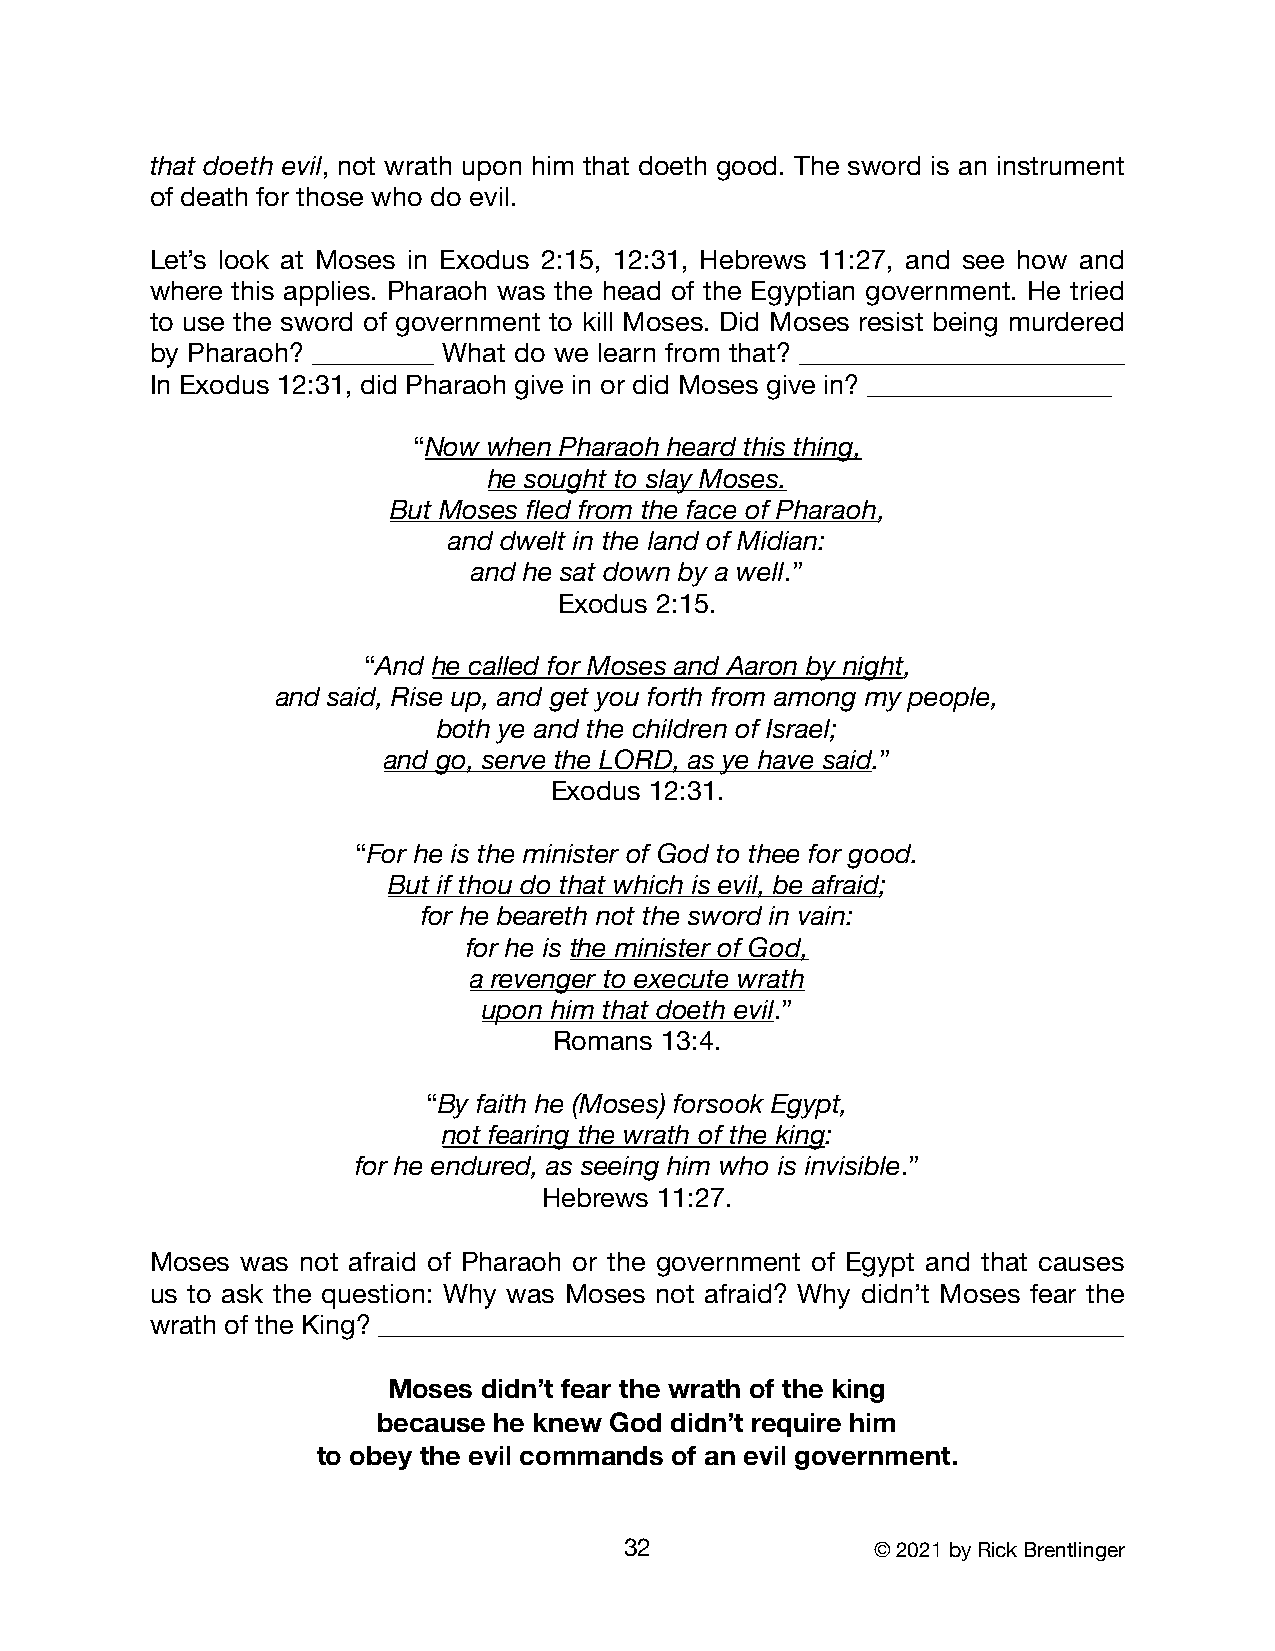
that doeth evil, not wrath upon him that doeth good. The sword is an instrument
 of death for those who do evil.
 Let’s look at Moses in Exodus 2:15, 12:31, Hebrews 11:27, and see how and
 where this applies. Pharaoh was the head of the Egyptian government. He tried
 to use the sword of government to kill Moses. Did Moses resist being murdered
 by Pharaoh? _________ What do we learn from that? ________________________
 In Exodus 12:31, did Pharaoh give in or did Moses give in? __________________
 “Now when Pharaoh heard this thing,
 he sought to slay Moses.
 But Moses fled from the face of Pharaoh,
 and dwelt in the land of Midian:
 and he sat down by a well.”
 Exodus 2:15.
 “And he called for Moses and Aaron by night,
 and said, Rise up, and get you forth from among my people,
 both ye and the children of Israel;
 and go, serve the LORD, as ye have said.”
 Exodus 12:31.
 “For he is the minister of God to thee for good.
 But if thou do that which is evil, be afraid;
 for he beareth not the sword in vain:
 for he is the minister of God,
 a revenger to execute wrath
 upon him that doeth evil.”
 Romans 13:4.
 “By faith he (Moses) forsook Egypt,
 not fearing the wrath of the king:
 for he endured, as seeing him who is invisible.”
 Hebrews 11:27.
 Moses was not afraid of Pharaoh or the government of Egypt and that causes
 us to ask the question: Why was Moses not afraid? Why didn’t Moses fear the
 wrath of the King? _______________________________________________________
 Moses didn’t fear the wrath of the king
 because he knew God didn’t require him
 to obey the evil commands of an evil government.
 32               © 2021 by Rick Brentlinger